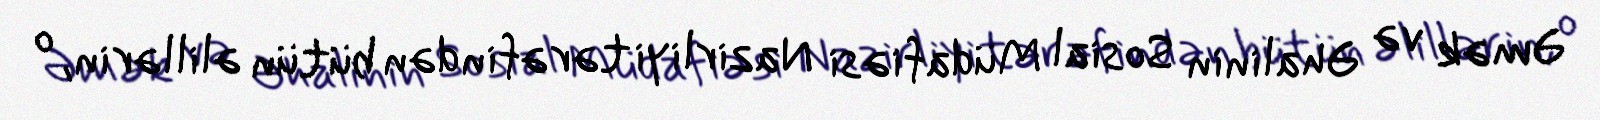
Əmək və Əhalinin Sosial Müdafiəsi Nazirliyi tərəfindən bütün əlillərin, o